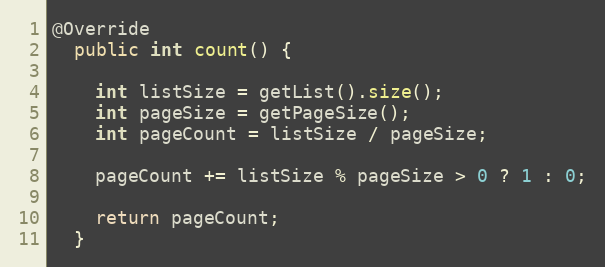
Language: Java
@Override
  public int count() {

    int listSize = getList().size();
    int pageSize = getPageSize();
    int pageCount = listSize / pageSize;

    pageCount += listSize % pageSize > 0 ? 1 : 0;

    return pageCount;
  }